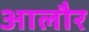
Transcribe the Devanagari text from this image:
आलौर